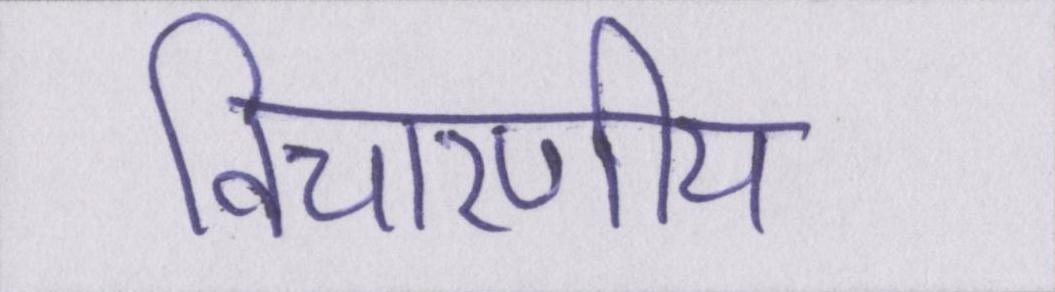
विचारणीय